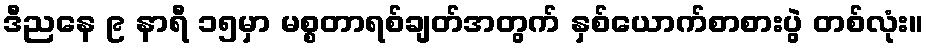
ဒီညနေ ၉ နာရီ ၁၅မှာ မစ္စတာရစ်ချတ်အတွက် နှစ်ယောက်စာစားပွဲ တစ်လုံး။